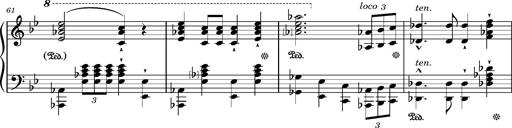
Title: Ungarischer Marsch
Composer: Friedrich Nietzsche